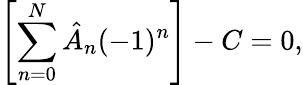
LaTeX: \left[\sum_{n=0}^{N}\hat{A}_{n}(-1)^{n}\right]-C=0,